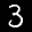
Label: 3